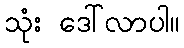
သုံး ဒေါ်လာပါ။